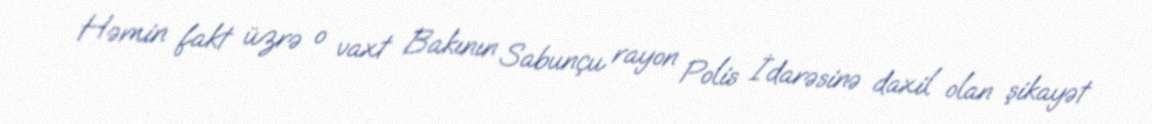
Həmin fakt üzrə o vaxt Bakının Sabunçu rayon Polis İdarəsinə daxil olan şikayət